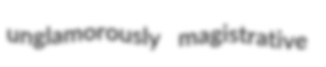
unglamorously magistrative